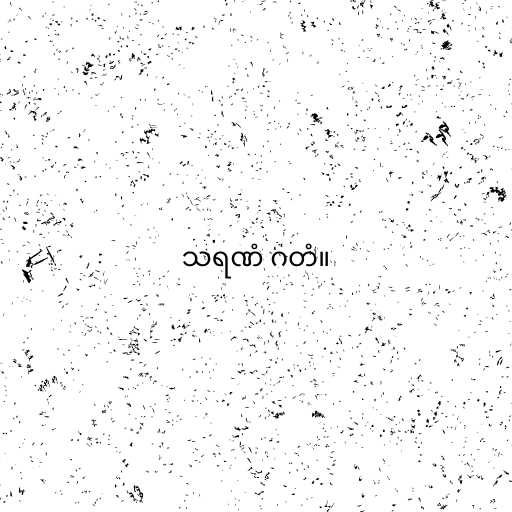
သရဏံ ဂတံ။